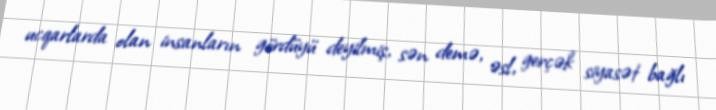
ucqarlarda olan insanların gördüyü deyilmiş, sən demə, əsl, gerçək siyasət bağlı